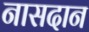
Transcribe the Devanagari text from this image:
नासदान